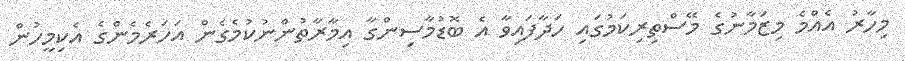
މިހާރު އެއްމެ މިޒަމާނުގެ މޭސްތިރިކަމުގައި ހަދާފައިވާ އެ ބޮޑުމާސިންގާ އިމާރާތުންނުކުމެގެން އަހަރެމެންގެ އެކިމީހުން